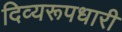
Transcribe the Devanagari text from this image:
दिव्यरूपधारी